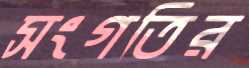
সংগতির